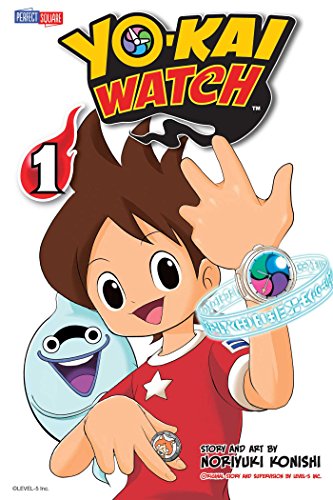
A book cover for Yo-kai Watch, Vol. 1; Noriyuki Konishi; Children's Books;